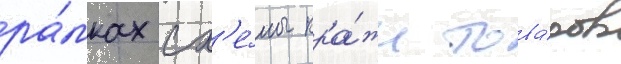
ра́мках сх'е́мы кра́жи това́ров